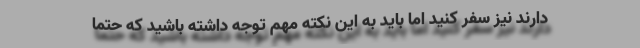
دارند نیز سفر کنید اما باید به این نکته مهم توجه داشته باشید که حتما